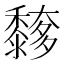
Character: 䵙